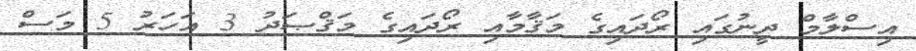
އިސްލާމް ދީނުގައި ރޯދައިގެ މަޤާމާއި ރޯދައިގެ މަޤްޞަދު 3 އަހަރު 5 މަސް